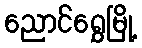
ညောင်ရွှေမြို့